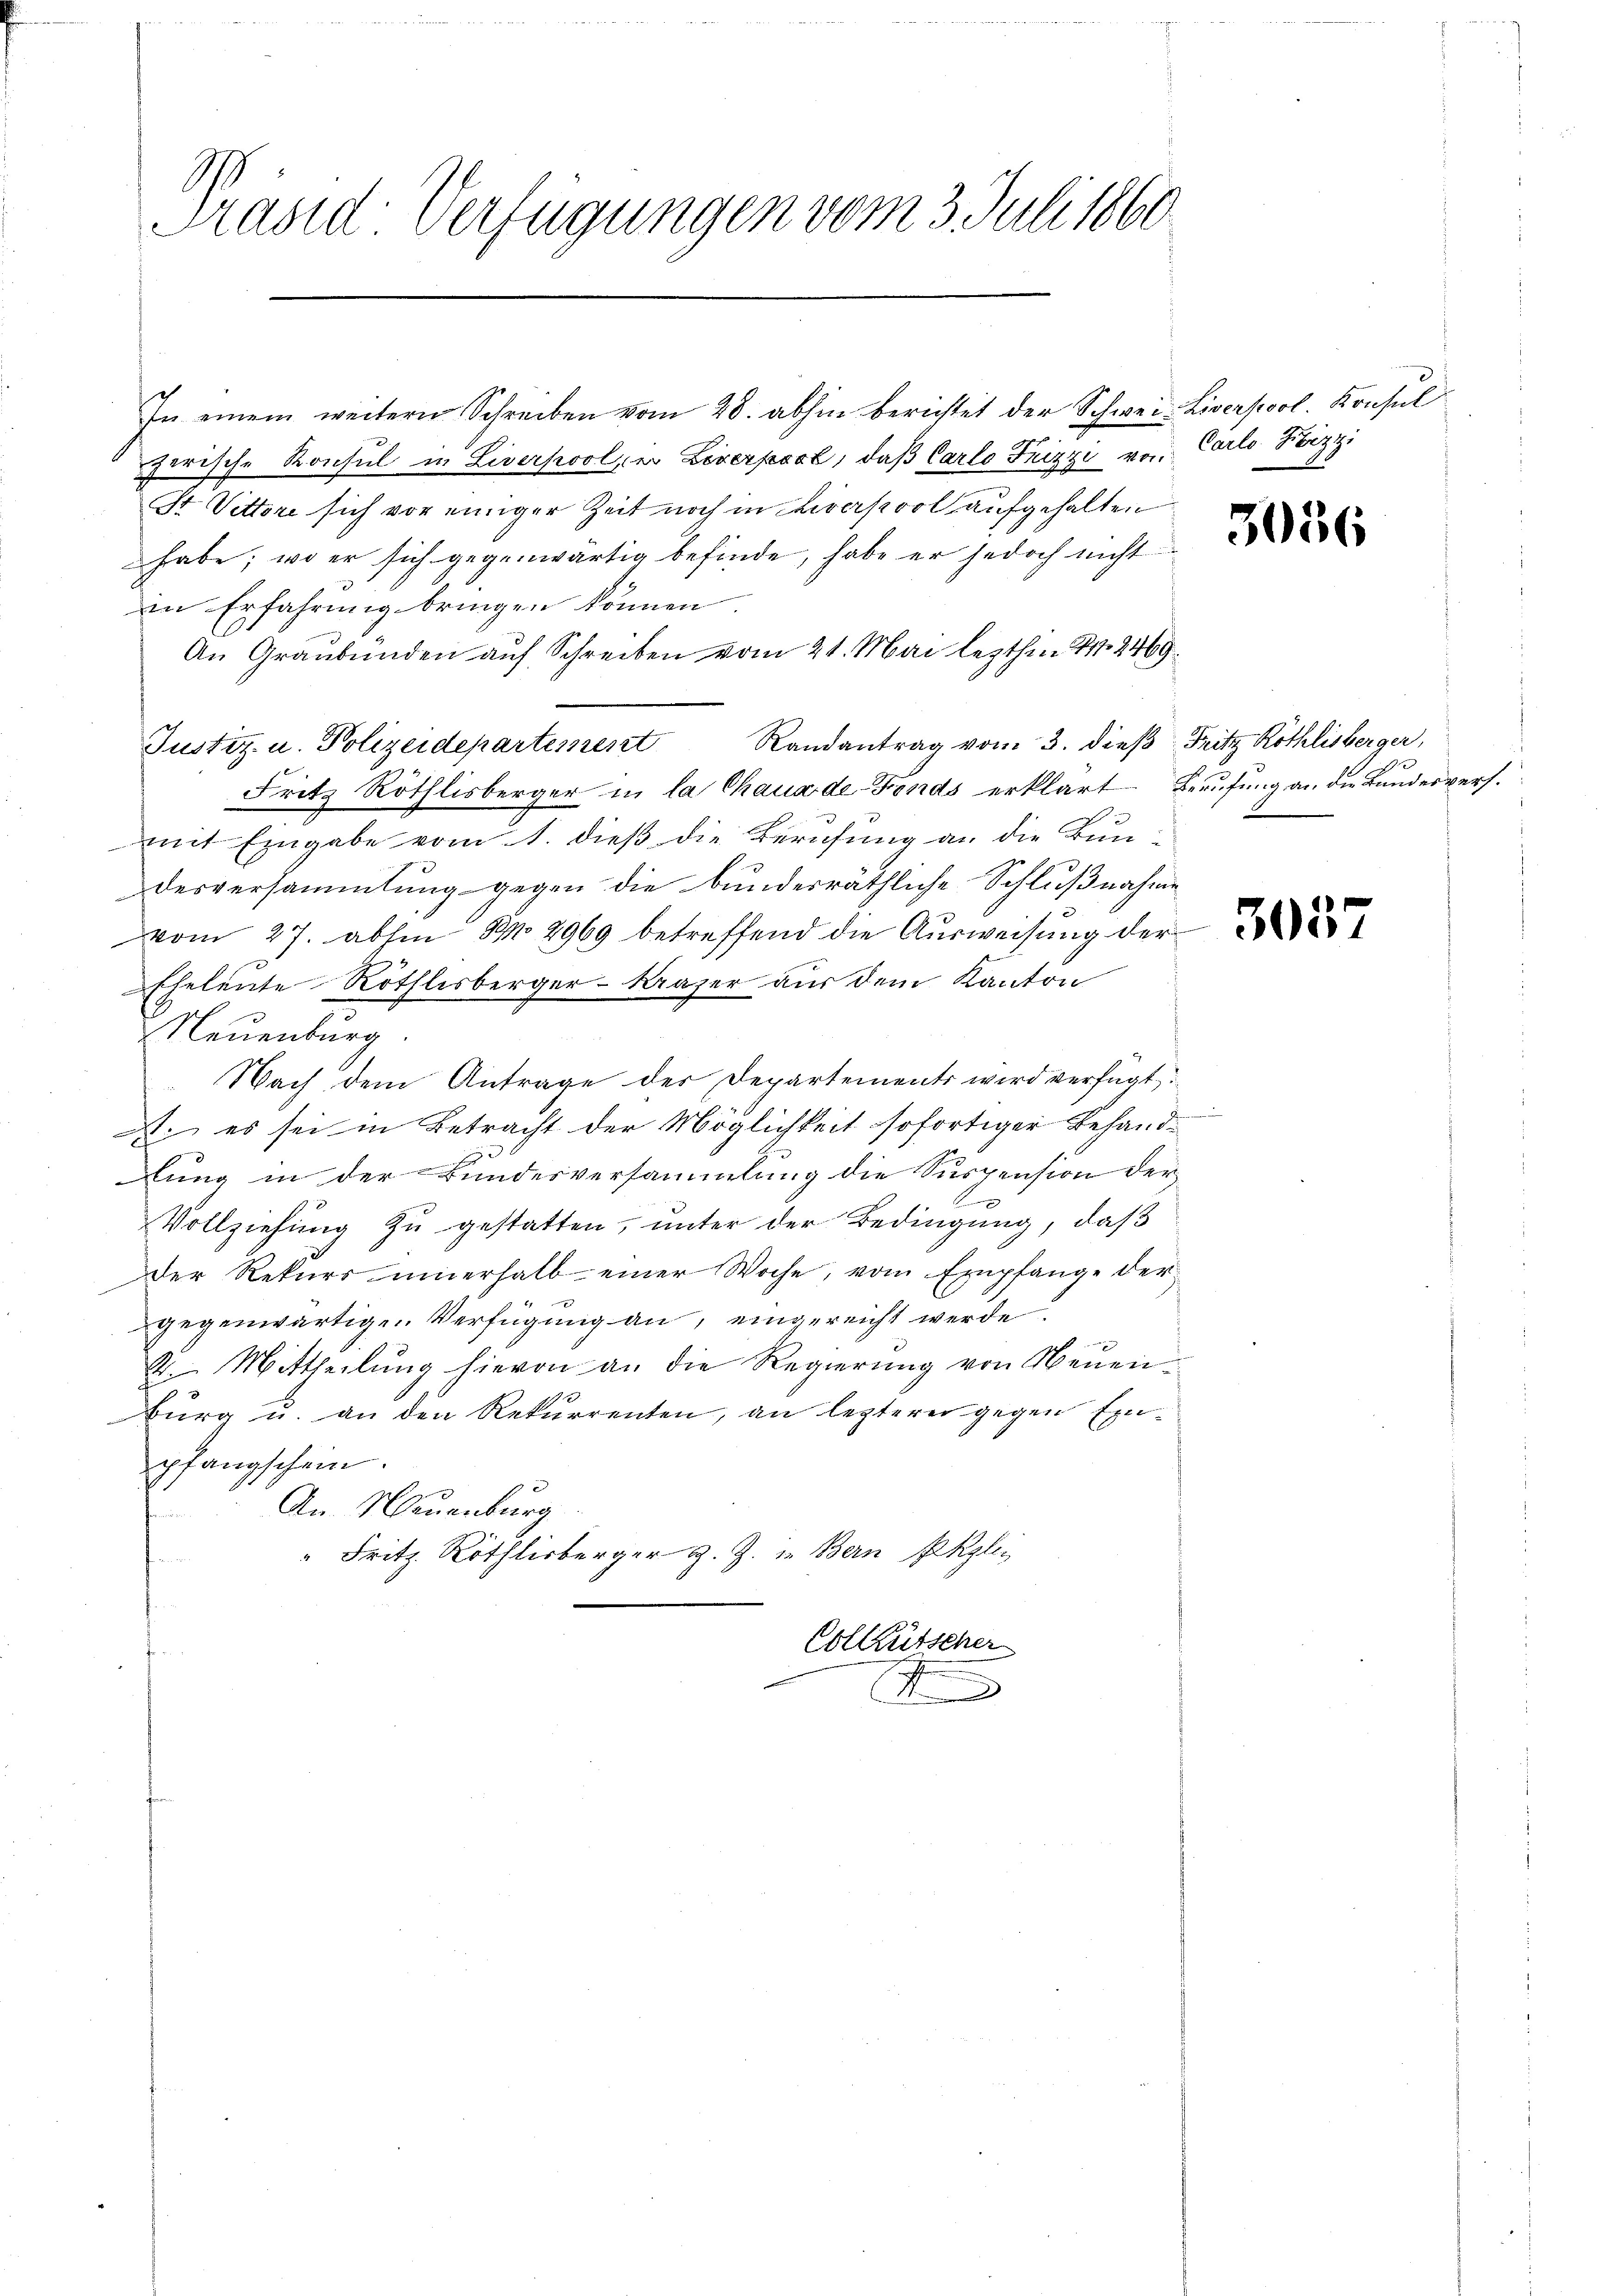
In einem weitern Schreiben vom 28. abhin berichtet der Schwei- Liverpool. Konsul
zerische Konsul in Liverpool, er Liverpost, daβ Carlo Frizzi von Carlo Koizzi
St Vittore sich vor einiger Zeit noch in Cararpool aufgehalten
habe; wo er sich gegenwärtig befinde, habe er jedoch nicht
in Erfahrung bringen können.
9
An Graubünden auf Schreiben vom 21. Mai lezthin 1. 2469
Justiz u. Polizeidepartement Randantrag vom 3. dieβ Fritz Röthlisberger,
Fritz Röthlisberger in la Chauxde-Fonds erklärt Berufung an die Bundesvers.
mit Eingabe vom 1. dieß die Berufung an die Bundesversammlung gegen die bunderräthliche Schlußnahme
vom 27. abhin S. 2969 betreffend die Ausweisung der
Neuenburg.
Nach dem Antrage der Departements wird verfügt,
A. es sei in Betracht der Möglichkeit sofortiger Behand
lung in der Bundesversammlung die Suspension der
Vollziehŭng zŭ gestatten, unter der Bedingung, daβ
der Rekurs innerhalb einer Woche, vom Empfange der
gegenwärtigen Verfügung an, eingereicht werde.
2. Mittheilung hievon an die Regierung von Neuen-
Burg u. an den Rekurrenten, an lezterer gegen Einpfangschein.
An Neuenburg
" Fritz. Röthlisberger z. Z. u. Bern Ekzlei
Colküssener

Präsid. Verfügungen vom 3. Juli 1860

Eheleute Röthlisberger-Kraper aus dem Kanton

f

3056

305